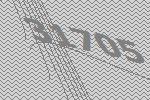
31705